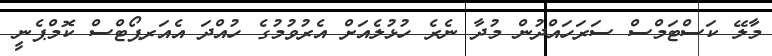
މާލޭ ކަސްޓަމްސް ސަރަހައްދުން މުދާ ނެރެ ހުޅުލެއަށް އެރުވުމުގެ ހުއްދަ އެއަރޕޯޓްސް ކޮމްޕެނީ